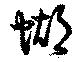
蝴